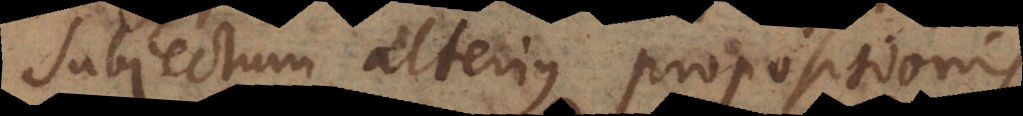
subjectum alterius propositionis.